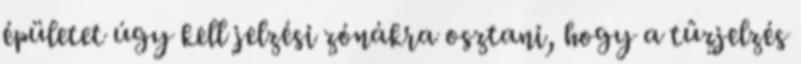
épületet úgy kell jelzési zónákra osztani, hogy a tûzjelzés